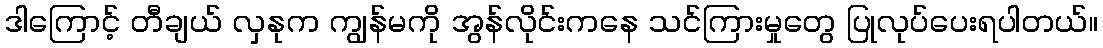
ဒါကြောင့် တီချယ် လှနုက ကျွန်မကို အွန်လိုင်းကနေ သင်ကြားမှုတွေ ပြုလုပ်ပေးရပါတယ်။